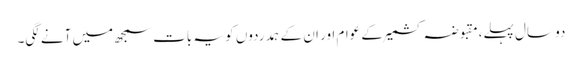
دو سال پہلے،مقبوضہ کشمیر کے عوام اور ان کے ہمدردوں کو یہ بات سمجھ میں آنے لگی۔